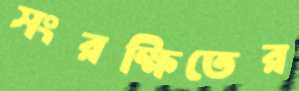
সংরক্ষিতের